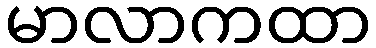
မာလာကထာ